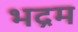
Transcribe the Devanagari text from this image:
भद्रम